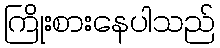
ကြိုးစားနေပါသည်